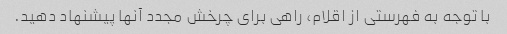
با توجه به فهرستی از اقلام، راهی برای چرخش مجدد آنها پیشنهاد دهید.